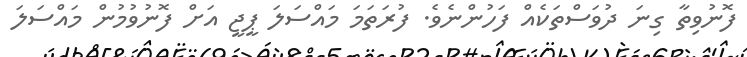
ފޮނުވިތާ ގިނަ ދުވަސްތަކެއް ފަހުންނެވެ. ފުރަތަމަ މައްސަލަ ޕީޖީ އަށް ފޮނުވުމުން މައްސަލަ